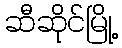
ဆီဆိုင်မြို့